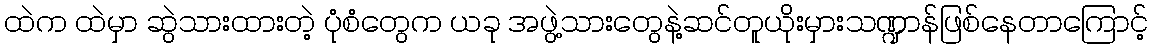
ထဲက ထဲမှာ ဆွဲသားထားတဲ့ ပုံစံတွေက ယခု အဖွဲ့သားတွေနဲ့ဆင်တူယိုးမှားသဏ္ဍာန်ဖြစ်နေတာကြောင့်